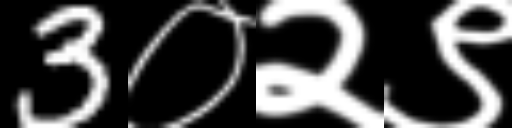
Text: 3०२९